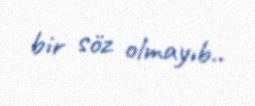
bir söz olmayıb..